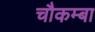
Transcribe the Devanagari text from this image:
चौकम्‍बा